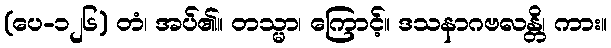
(ပေ-၁၂၆) တံ၊ အပ်၏။ တသ္မာ၊ ကြောင့်။ ဒသနာဂဗလန္တိ၊ ကား။